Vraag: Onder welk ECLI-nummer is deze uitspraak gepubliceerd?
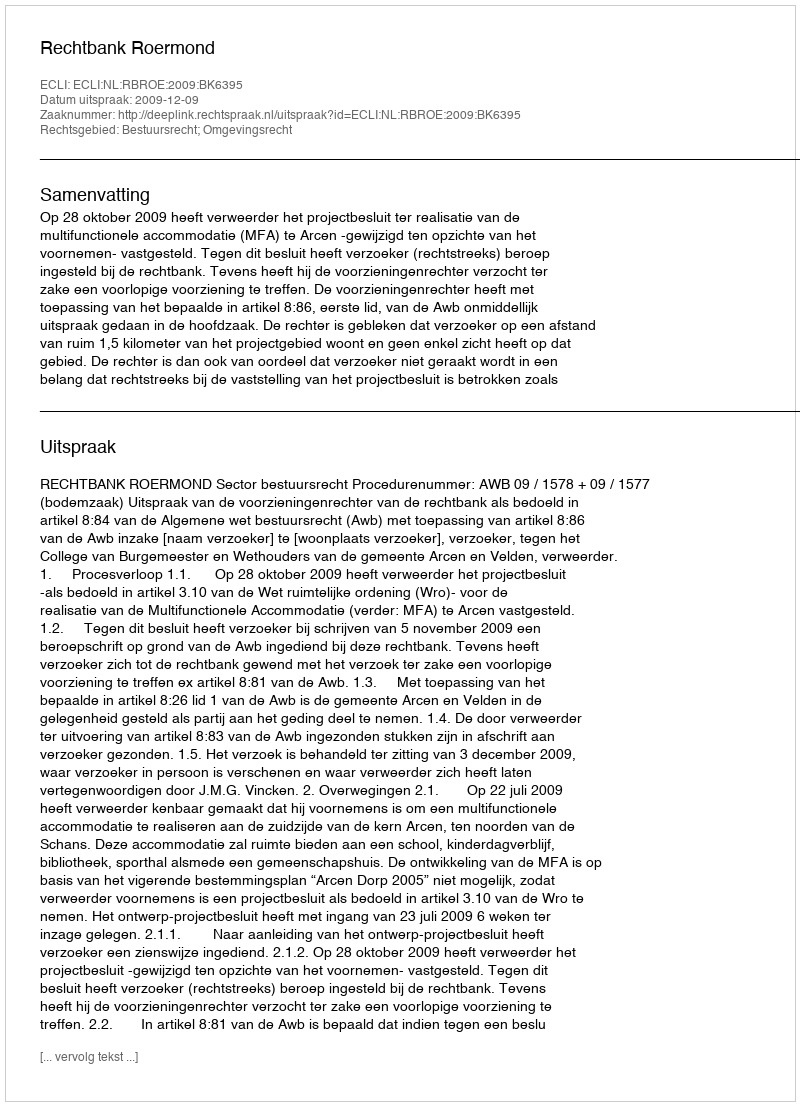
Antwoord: ECLI:NL:RBROE:2009:BK6395